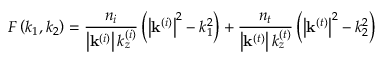
F \left( k _ { 1 } , k _ { 2 } \right) = \frac { n _ { i } } { \left\vert \mathbf { k } ^ { \left( i \right) } \right\vert k _ { z } ^ { \left( i \right) } } \left( \left\vert \mathbf { k } ^ { \left( i \right) } \right\vert ^ { 2 } - k _ { 1 } ^ { 2 } \right) + \frac { n _ { t } } { \left\vert \mathbf { k } ^ { \left( t \right) } \right\vert k _ { z } ^ { \left( t \right) } } \left( \left\vert \mathbf { k } ^ { \left( t \right) } \right\vert ^ { 2 } - k _ { 2 } ^ { 2 } \right)